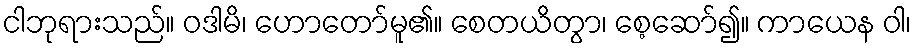
ငါဘုရားသည်။ ဝဒါမိ၊ ဟောတော်မူ၏။ စေတယိတွာ၊ စေ့ဆော်၍။ ကာယေန ဝါ၊